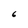
Character: 6